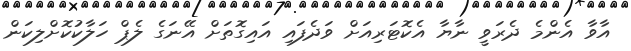
އާވާ އެންމެ ދެރަވީ ނާޔާ އެކޮޓަރިއަށް ވަދެފައި އައިގޮތަށް އޭނަގެ ލެޕް ހަލާކުކޮށްލިކަން